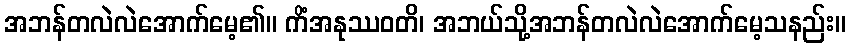
အဘန်တလဲလဲအောက်မေ့၏။ ကိံအနုဿဝတိ၊ အဘယ်သို့အဘန်တလဲလဲအောက်မေ့သနည်း။